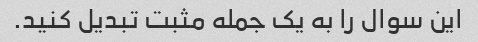
این سوال را به یک جمله مثبت تبدیل کنید.